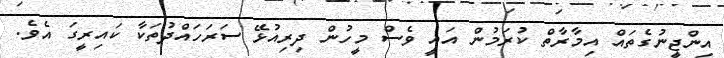
އިންޖީނުގެތައް އިމާރާތް ކުރަމުން އައީ ވެސް މީހުން ދިރިއުޅޭ ސަރަހައްދުތަކާ ކައިރީގަ އެވެ.